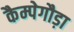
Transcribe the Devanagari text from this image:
कैम्पेगौड़ा